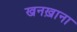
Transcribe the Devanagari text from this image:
खनख़ाना